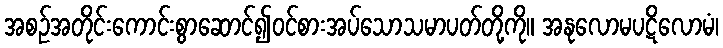
အစဉ်အတိုင်းကောင်းစွာဆောင်၍ဝင်စားအပ်သောသမာပတ်တို့ကို။ အနုလောမပဋိလောမံ၊